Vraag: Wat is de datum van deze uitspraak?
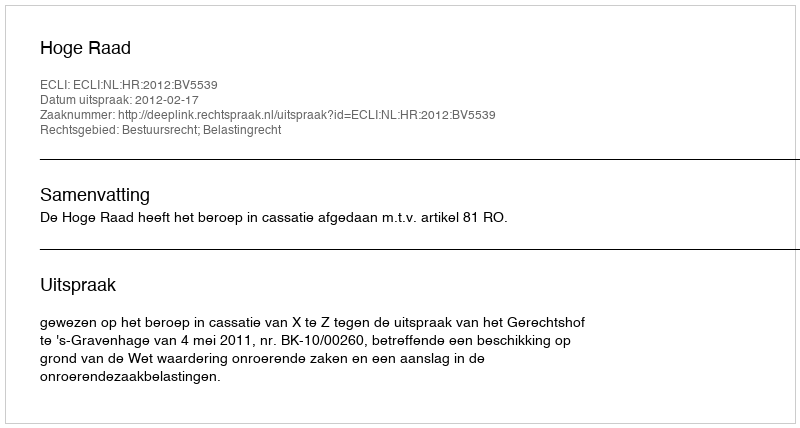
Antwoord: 2012-02-17